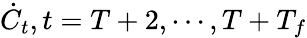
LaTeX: \dot{C}_{t},t=T+2,\cdots,T+T_{f}